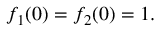
f _ { 1 } ( 0 ) = f _ { 2 } ( 0 ) = 1 .